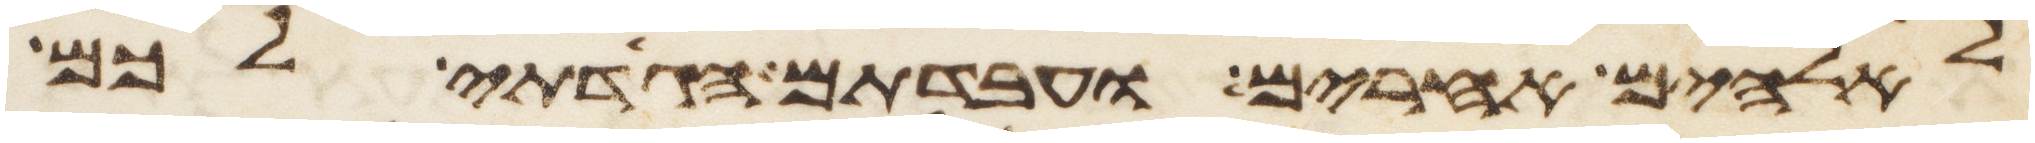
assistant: לאלהים אחרים ועבדתם הגדתי לכם